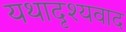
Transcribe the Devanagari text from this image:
यथादृश्यवाद